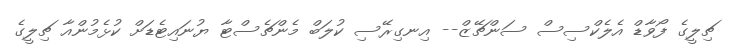
ޗިލީގެ ފޯވާޑް އެލެކްސިސް ސަންޗޭޒް-- އިނގިރޭސި ކުލަބް މެންޗެސްޓާ ޔުނައިޓެޑަށް ކުޅެމުންއާ ޗިލީގެ